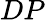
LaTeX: DP